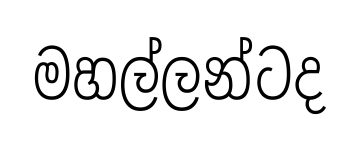
මහල්ලන්ටද